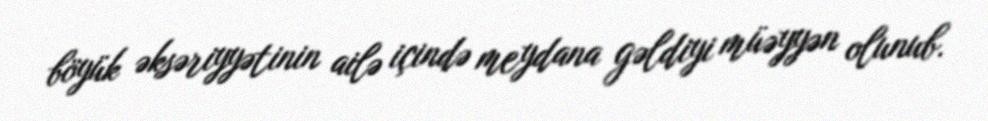
böyük əksəriyyətinin ailə içində meydana gəldiyi müəyyən olunub.